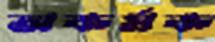
অকর্মক